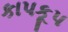
કાપકૂપ